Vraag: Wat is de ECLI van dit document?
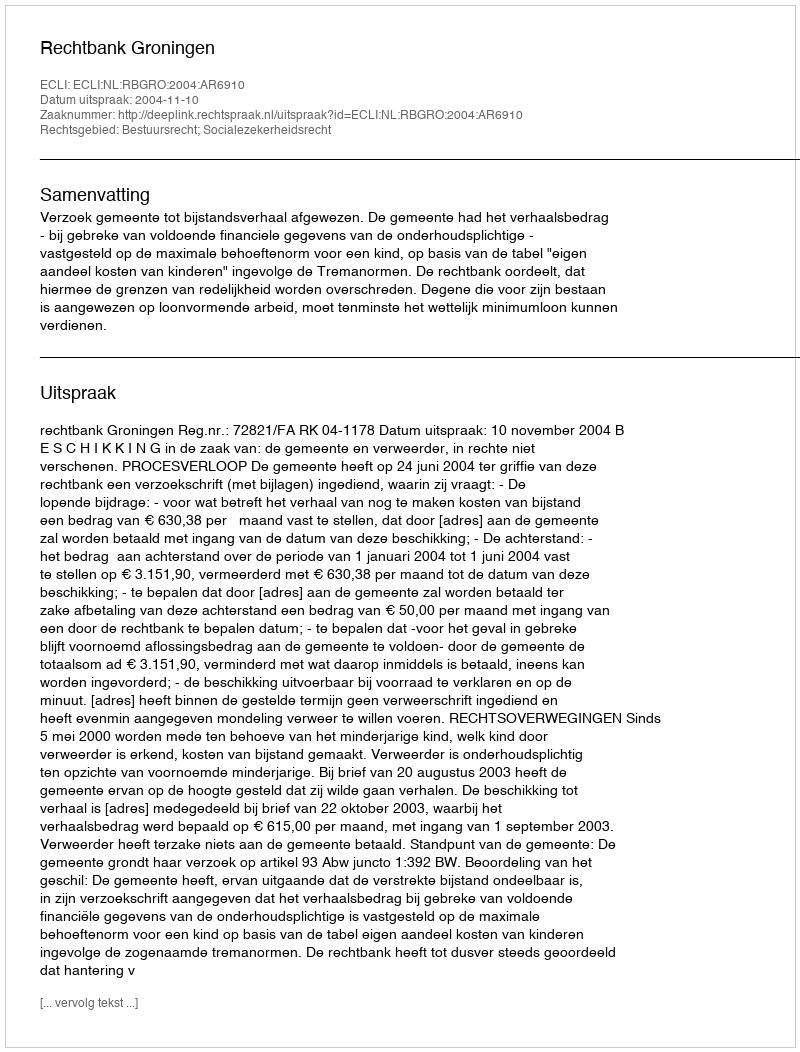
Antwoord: ECLI:NL:RBGRO:2004:AR6910